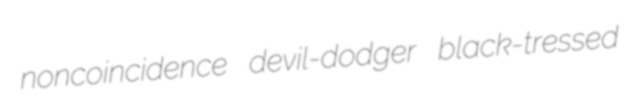
noncoincidence devil-dodger black-tressed